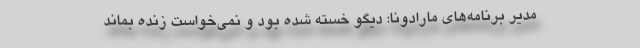
مدیر برنامه‌های مارادونا: دیگو خسته شده بود و نمی‌خواست زنده بماند